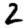
Digit: 2